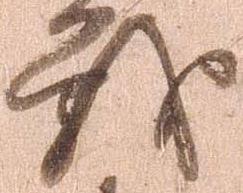
戦